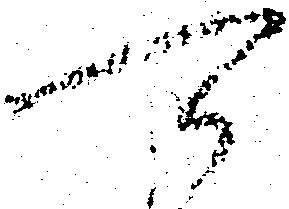
可